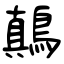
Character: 鷏